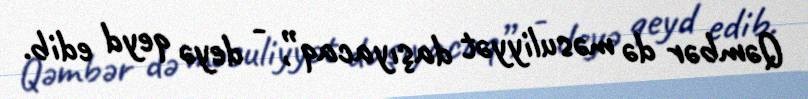
Qəmbər də məsuliyyət daşıyacaq”, - deyə qeyd edib.